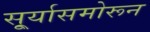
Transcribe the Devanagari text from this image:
सू्र्यासमोरून